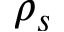
\rho _ { s }